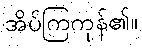
အိပ်ကြကုန်၏။